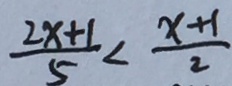
\frac { 2 x + 1 } { 5 } < \frac { x + 1 } { 2 }